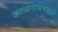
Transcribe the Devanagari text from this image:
काव्यगायनाद्वारे